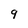
Character: 9